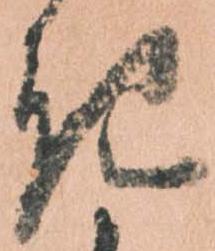
き